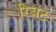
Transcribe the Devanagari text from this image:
रिबट